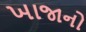
ખાજાનો